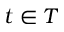
t \in T